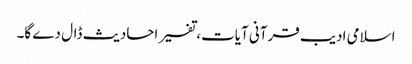
اسلامی ادیب قرآنی آیات، تفسیر احادیث ڈال دے گا۔